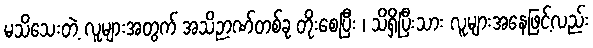
မသိသေးတဲ့ လူများအတွက် အသိဉာဏ်တစ်ခု တိုးစေပြီး ၊ သိရှိပြီးသား လူများအနေဖြင့်လည်း